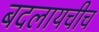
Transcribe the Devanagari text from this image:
बदलायचीच